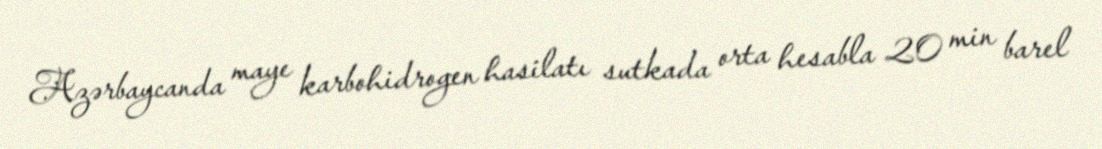
Azərbaycanda maye karbohidrogen hasilatı sutkada orta hesabla 20 min barel